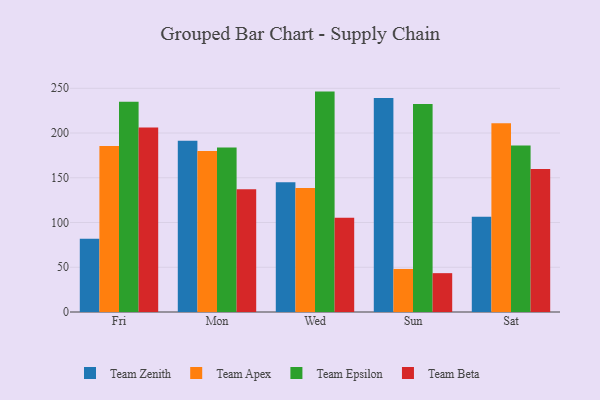
{"axis": {"x": "Day", "y": "Market Share (%)"}, "legend": ["Team Apex", "Team Beta", "Team Epsilon", "Team Zenith"], "data": [{"x": "Fri", "y": 81.8, "type": "Team Zenith"}, {"x": "Fri", "y": 185.4, "type": "Team Apex"}, {"x": "Fri", "y": 234.9, "type": "Team Epsilon"}, {"x": "Fri", "y": 206.1, "type": "Team Beta"}, {"x": "Mon", "y": 191.4, "type": "Team Zenith"}, {"x": "Mon", "y": 179.9, "type": "Team Apex"}, {"x": "Mon", "y": 183.9, "type": "Team Epsilon"}, {"x": "Mon", "y": 137.3, "type": "Team Beta"}, {"x": "Wed", "y": 145.0, "type": "Team Zenith"}, {"x": "Wed", "y": 138.7, "type": "Team Apex"}, {"x": "Wed", "y": 246.3, "type": "Team Epsilon"}, {"x": "Wed", "y": 105.3, "type": "Team Beta"}, {"x": "Sun", "y": 239.1, "type": "Team Zenith"}, {"x": "Sun", "y": 48.1, "type": "Team Apex"}, {"x": "Sun", "y": 232.4, "type": "Team Epsilon"}, {"x": "Sun", "y": 43.4, "type": "Team Beta"}, {"x": "Sat", "y": 106.5, "type": "Team Zenith"}, {"x": "Sat", "y": 210.8, "type": "Team Apex"}, {"x": "Sat", "y": 186.2, "type": "Team Epsilon"}, {"x": "Sat", "y": 159.9, "type": "Team Beta"}]}